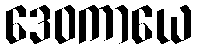
ဒေဝကာယေ